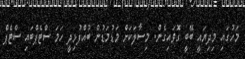
މަހުގައި މިދިޔައީ ބޭބީ ގޮވައިގެން. މިސާލަކަށް މަޑުމަޑުން ބުއްފުޅިދީ ހަމަ ސްޓެޕްބައި ސްޓެޕް